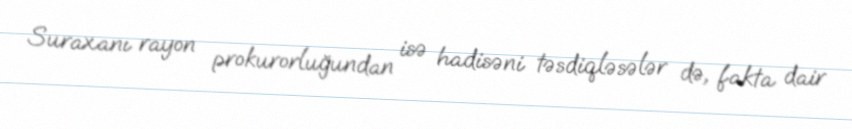
Suraxanı rayon prokurorluğundan isə hadisəni təsdiqləsələr də, fakta dair